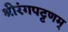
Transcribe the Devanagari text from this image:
श्रीरंगपट्टणम्